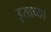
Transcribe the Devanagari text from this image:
इसाच्या